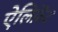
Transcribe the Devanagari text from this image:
ऐलिफ़ेंट